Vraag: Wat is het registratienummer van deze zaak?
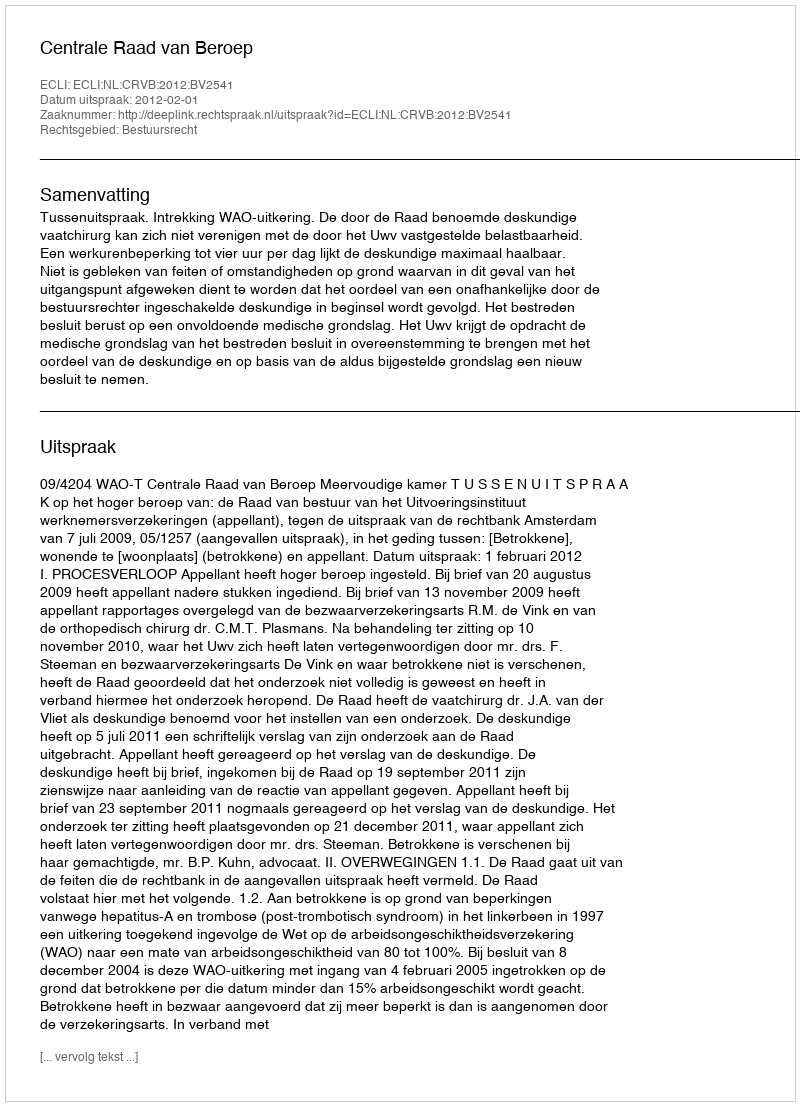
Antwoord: http://deeplink.rechtspraak.nl/uitspraak?id=ECLI:NL:CRVB:2012:BV2541